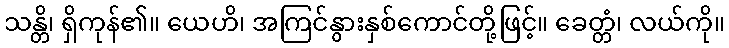
သန္တိ၊ ရှိကုန်၏။ ယေဟိ၊ အကြင်နွားနှစ်ကောင်တို့ဖြင့်။ ခေတ္တံ၊ လယ်ကို။